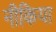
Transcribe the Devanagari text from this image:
नीकिया